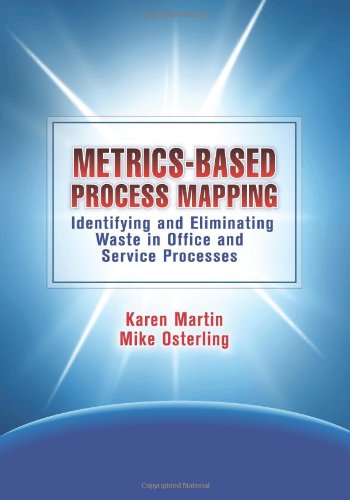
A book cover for Metrics-Based Process Mapping: Identifying and Eliminating Waste in Office and Service Processes; Karen Martin; Business & Money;